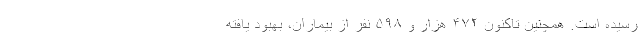
رسیده است. همچنین تاکنون ۴۷۲ هزار و ۵۹۸ نفر از بیماران، بهبود یافته